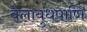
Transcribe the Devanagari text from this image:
वेलायुधपाणि